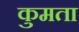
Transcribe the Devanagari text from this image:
कुमता